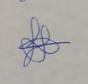
Signature authenticity: genuine